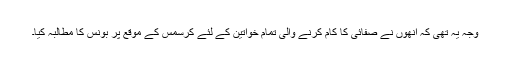
وجہ یہ تھی کہ انھوں نے صفائی کا کام کرنے والی تمام خواتین کے لئے کرسمس کے موقع پر بونس کا مطالبہ کیا۔